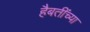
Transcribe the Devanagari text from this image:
हैबतींच्या